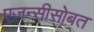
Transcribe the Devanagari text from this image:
एजन्सीसोबत